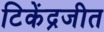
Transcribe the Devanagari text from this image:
टिकेंद्रजीत